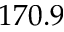
1 7 0 . 9